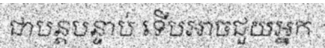
ជាបន្តបន្ទាប់ ទើបអាចជួយអ្នក